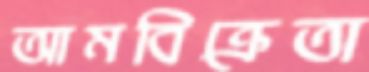
আমবিক্রেতা